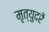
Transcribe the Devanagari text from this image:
मृत्युदरें